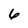
Character: 6